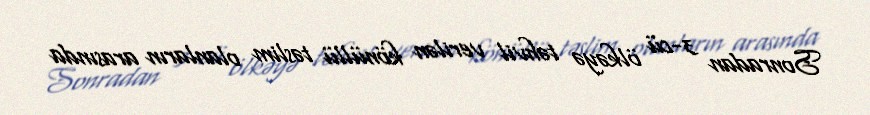
Sonradan 3-cü ölkəyə təhvil verilən könüllü təslim olanların arasında